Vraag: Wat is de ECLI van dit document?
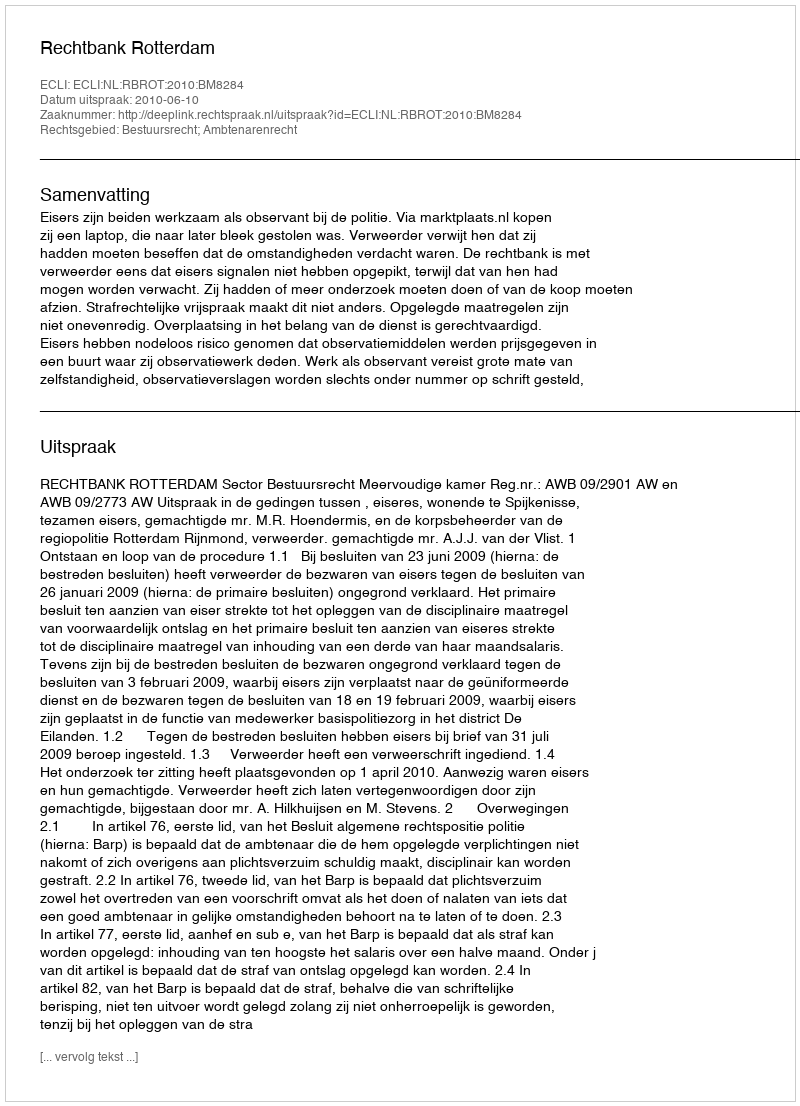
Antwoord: ECLI:NL:RBROT:2010:BM8284